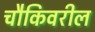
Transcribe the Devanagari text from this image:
चौकिवरील